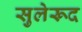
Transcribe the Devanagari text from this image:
सुलेरूद